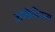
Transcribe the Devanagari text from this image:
आर्केडियन्स